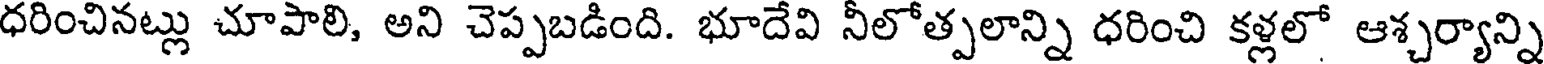
ధరించినట్లు చూపాలి, అని చెప్పబడింది. భూదేవి నీలోత్పలాన్ని ధరించి కళ్లలో ఆశ్చర్యాన్ని